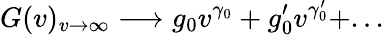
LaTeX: G(v)_{v\to\infty}\longrightarrow g_{0}v^{\gamma_{0}}+g_{0}^{\prime}v^{\gamma_{0}^{\prime}}+...